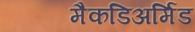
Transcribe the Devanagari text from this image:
मैकडिअर्मिड